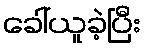
ခေါ်ယူခဲ့ပြီး